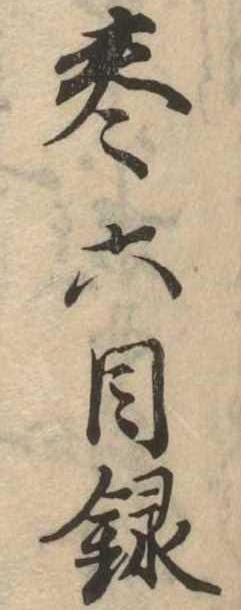
巻六目録